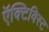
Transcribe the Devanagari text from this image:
ऍक्टिविस्ट